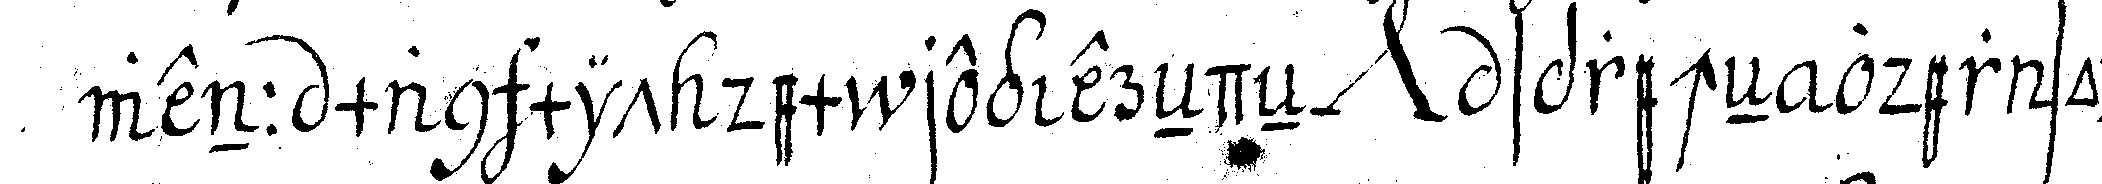
wenn man mit dem regiereNdeN *nee* sprecheN oder sonst